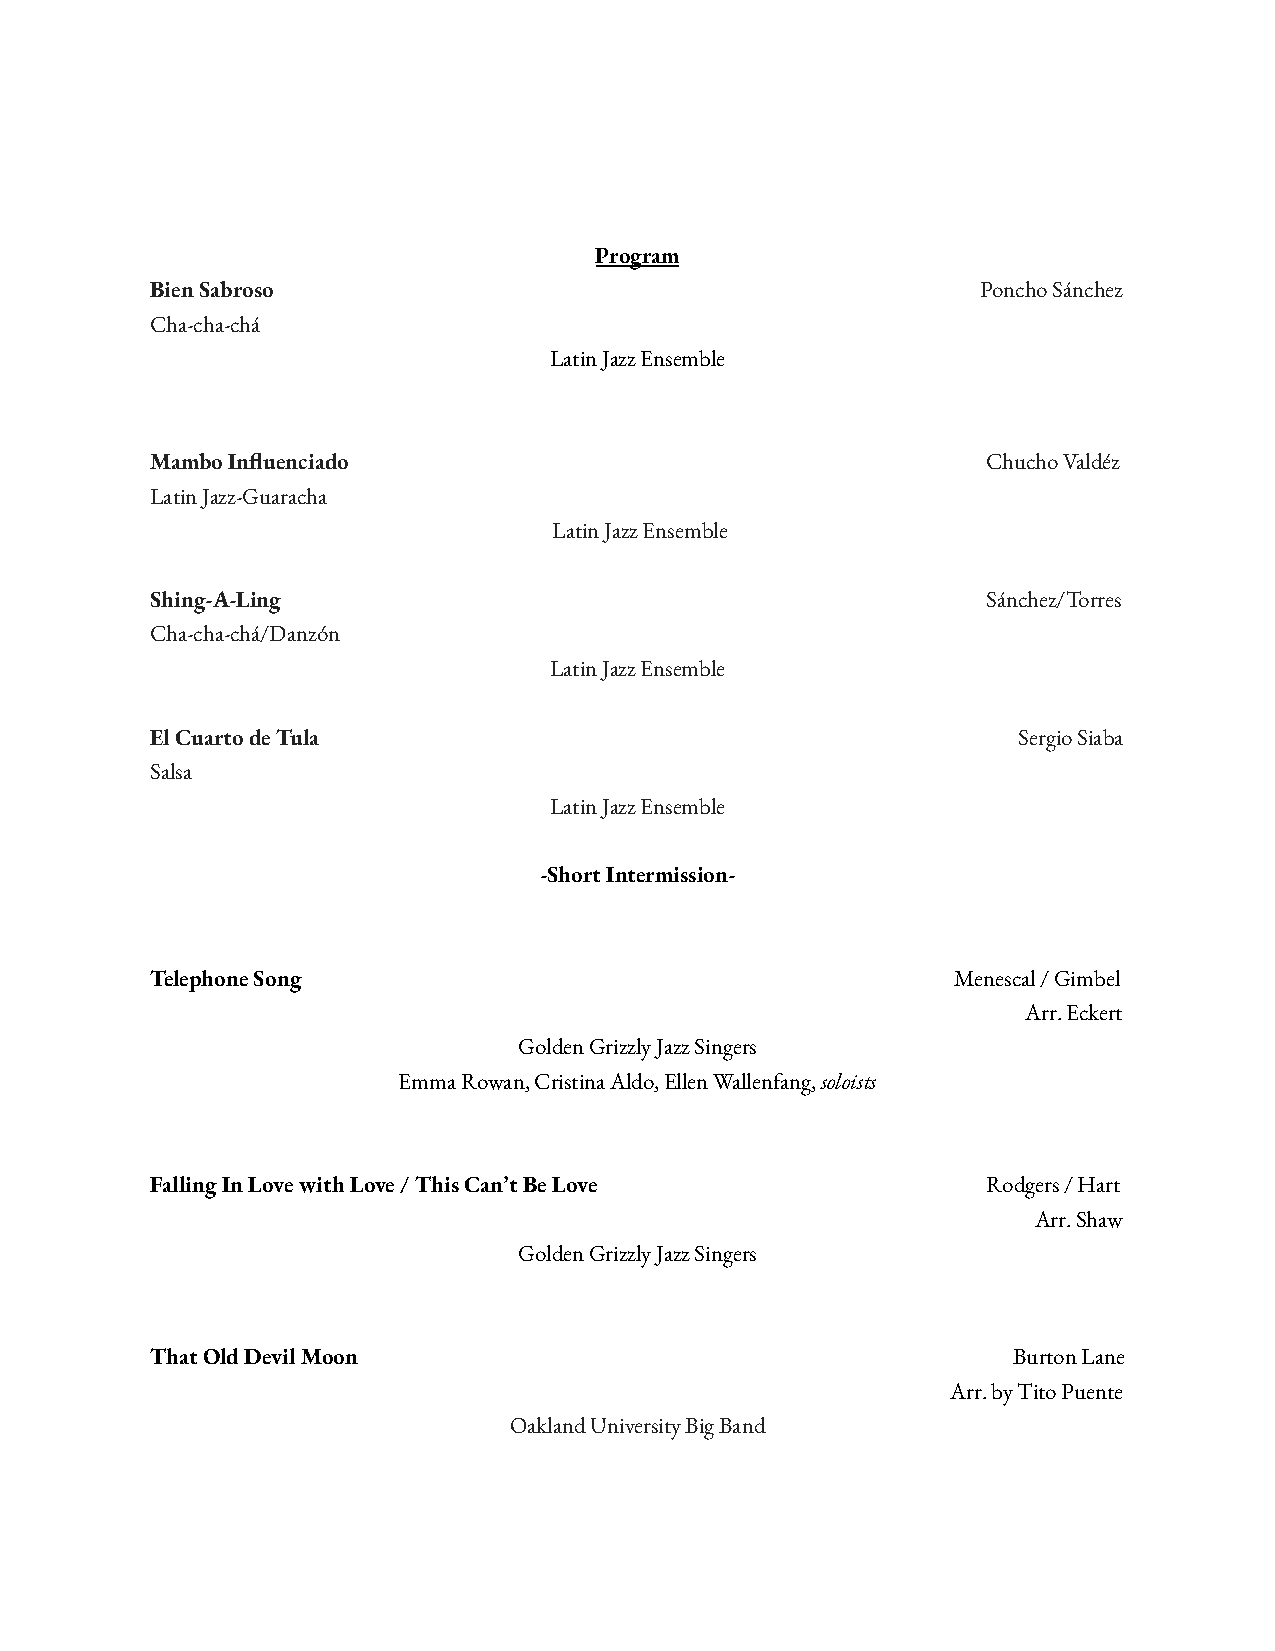
Program
 Bien Sabroso                                           Poncho Sánchez
 Cha-cha-chá
 Latin Jazz Ensemble
 Mambo Inuenciado                                      Chucho Valdéz
 Latin Jazz-Guaracha
 Latin Jazz Ensemble
 Shing-A-Ling                                           Sánchez/Torres
 Cha-cha-chá/Danzón
 Latin Jazz Ensemble
 El Cuarto de Tula                                        Sergio Siaba
 Salsa
 Latin Jazz Ensemble
 -Short Intermission-
 Telephone Song                                       Menescal / Gimbel
 Arr. Eckert
 Golden Grizzly Jazz Singers
 Emma Rowan, Cristina Aldo, Ellen Wallenfang,soloists
 Falling In Love with Love / This Can’t Be Love         Rodgers / Hart
 Arr. Shaw
 Golden Grizzly Jazz Singers
 That Old Devil Moon                                      Burton Lane
 Arr. by Tito Puente
 Oakland University Big Band